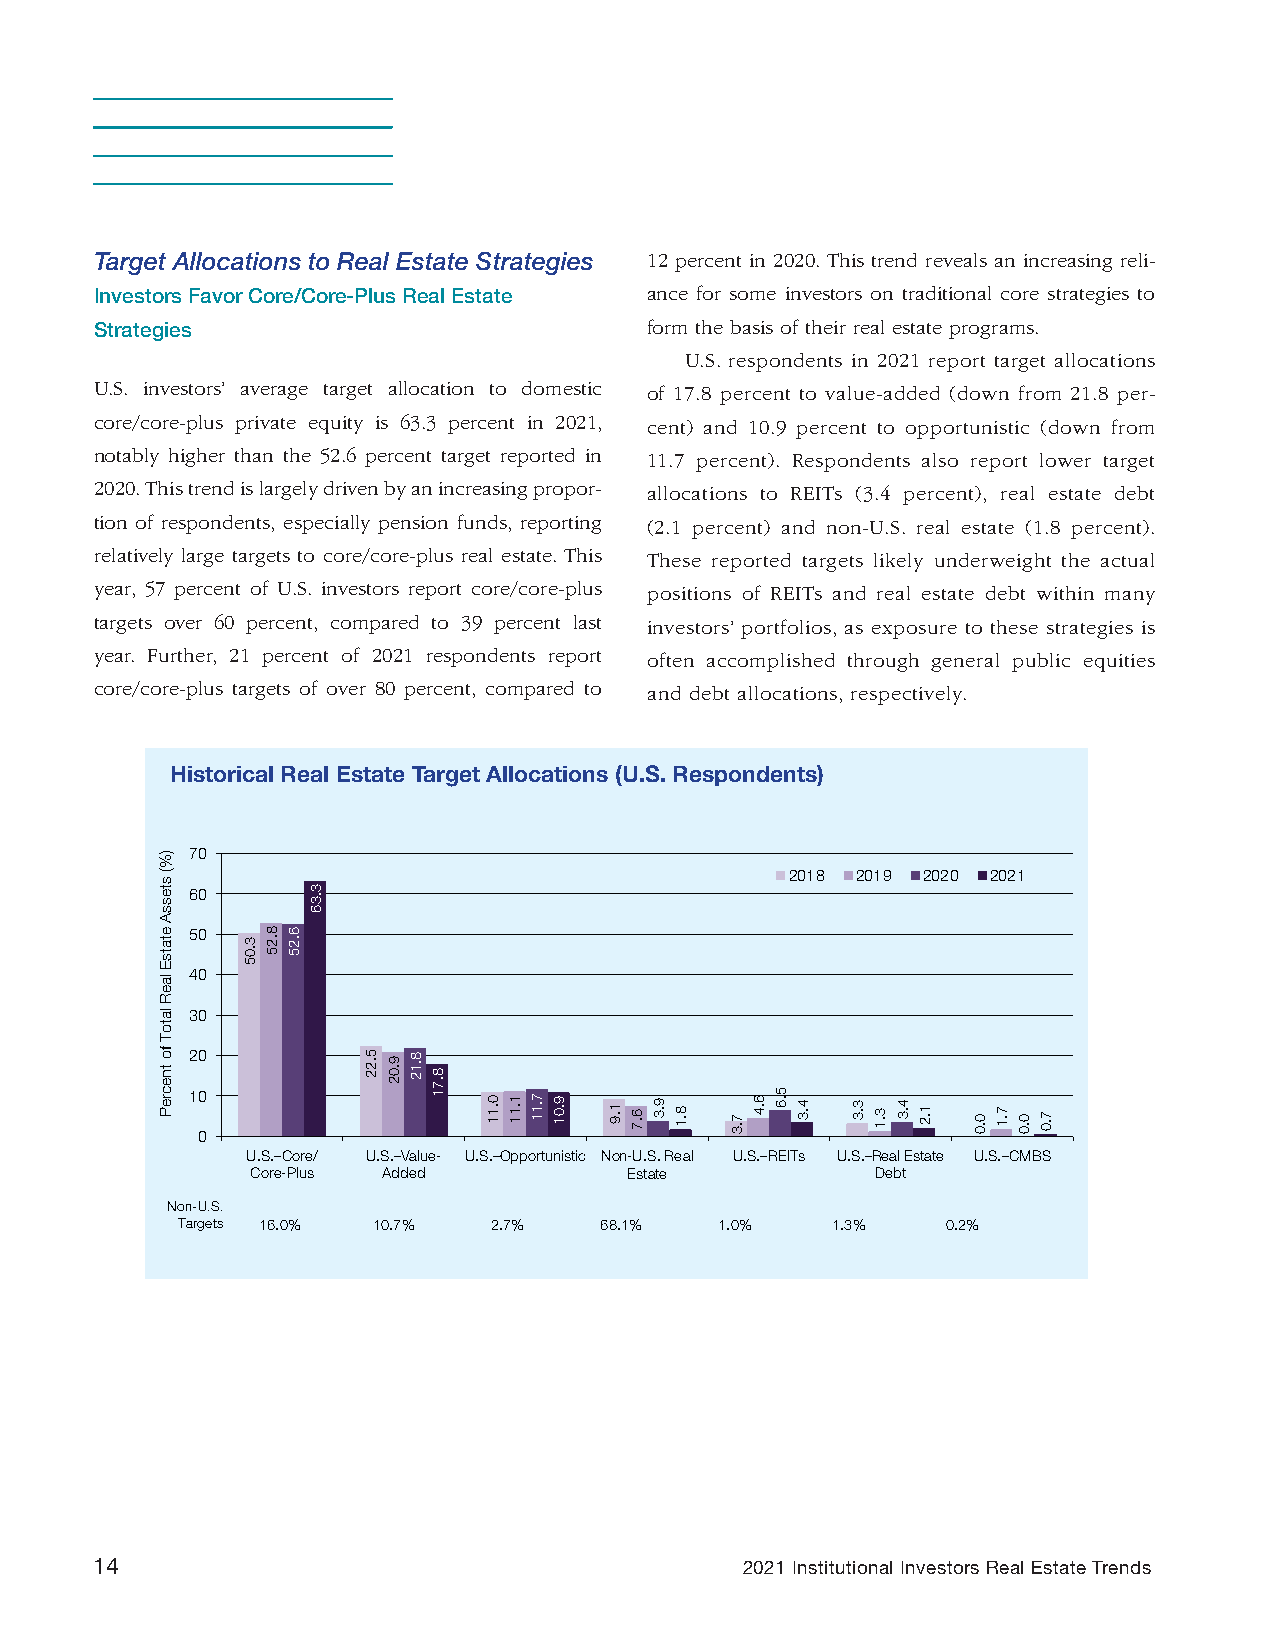
Target Allocations to Real Estate Strategies 12 percent in 2020. This trend reveals an increasing reli-
 Investors Favor Core/Core-Plus Real Estate ance for some investors on traditional core strategies to
 Strategies                           form the basis of their real estate programs.
 U.S. respondents in 2021 report target allocations
 U.S. investors’ average target allocation to domestic of 17.8 percent to value-added (down from 21.8 per-
 core/core-plus private equity is 63.3 percent in 2021, cent) and 10.9 percent to opportunistic (down from
 notably higher than the 52.6 percent target reported in 11.7 percent). Respondents also report lower target
 2020. This trend is largely driven by an increasing propor- allocations to REITs (3.4 percent), real estate debt
 tion of respondents, especially pension funds, reporting (2.1 percent) and non-U.S. real estate (1.8 percent).
 relatively large targets to core/core-plus real estate. This These reported targets likely underweight the actual
 year, 57 percent of U.S. investors report core/core-plus positions of REITs and real estate debt within many
 targets over 60 percent, compared to 39 percent last investors’ portfolios, as exposure to these strategies is
 year. Further, 21 percent of 2021 respondents report often accomplished through general public equities
 core/core-plus targets of over 80 percent, compared to and debt allocations, respectively.
 Historical Real Estate Target Allocations (U.S. Respondents)
 70
 2018 2019 2020 2021
 60
 50
 40
 30
 20
 10
 0
 U.S.–Core/ U.S.–Value- U.S.–Opportunistic Non-U.S. Real U.S.–REITs U.S.–Real Estate U.S.–CMBS
 Core-Plus Added          Estate          Debt
 Non-U.S.
 Targets 16.0% 10.7% 2.7%    68.1%   1.0%   1.3%    0.2%
 14                                         2021 Institutional Investors Real Estate Trends
 )%(
 stessA
 etatsE
 laeR
 latoT
 fo
 tnecreP
 3.05
 8.25 6.25
 3.36
 5.22 9.02 8.12
 8.71
 0.11 1.11 7.11 9.01 1.9 6.7 9.3 8.1 7.3 6.4 5.6 4.3 3.3 3.1 4.3 1.2 0.0 7.1 0.0 7.0